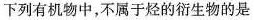
下列有机物中，不属于烃的衍生物的是